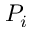
P _ { i }